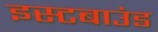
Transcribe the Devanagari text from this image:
इस्टबाउंड